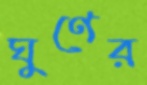
ঘুণের